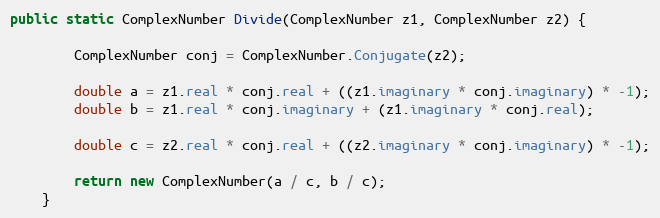
Language: Java
public static ComplexNumber Divide(ComplexNumber z1, ComplexNumber z2) {

        ComplexNumber conj = ComplexNumber.Conjugate(z2);

        double a = z1.real * conj.real + ((z1.imaginary * conj.imaginary) * -1);
        double b = z1.real * conj.imaginary + (z1.imaginary * conj.real);

        double c = z2.real * conj.real + ((z2.imaginary * conj.imaginary) * -1);

        return new ComplexNumber(a / c, b / c);
    }